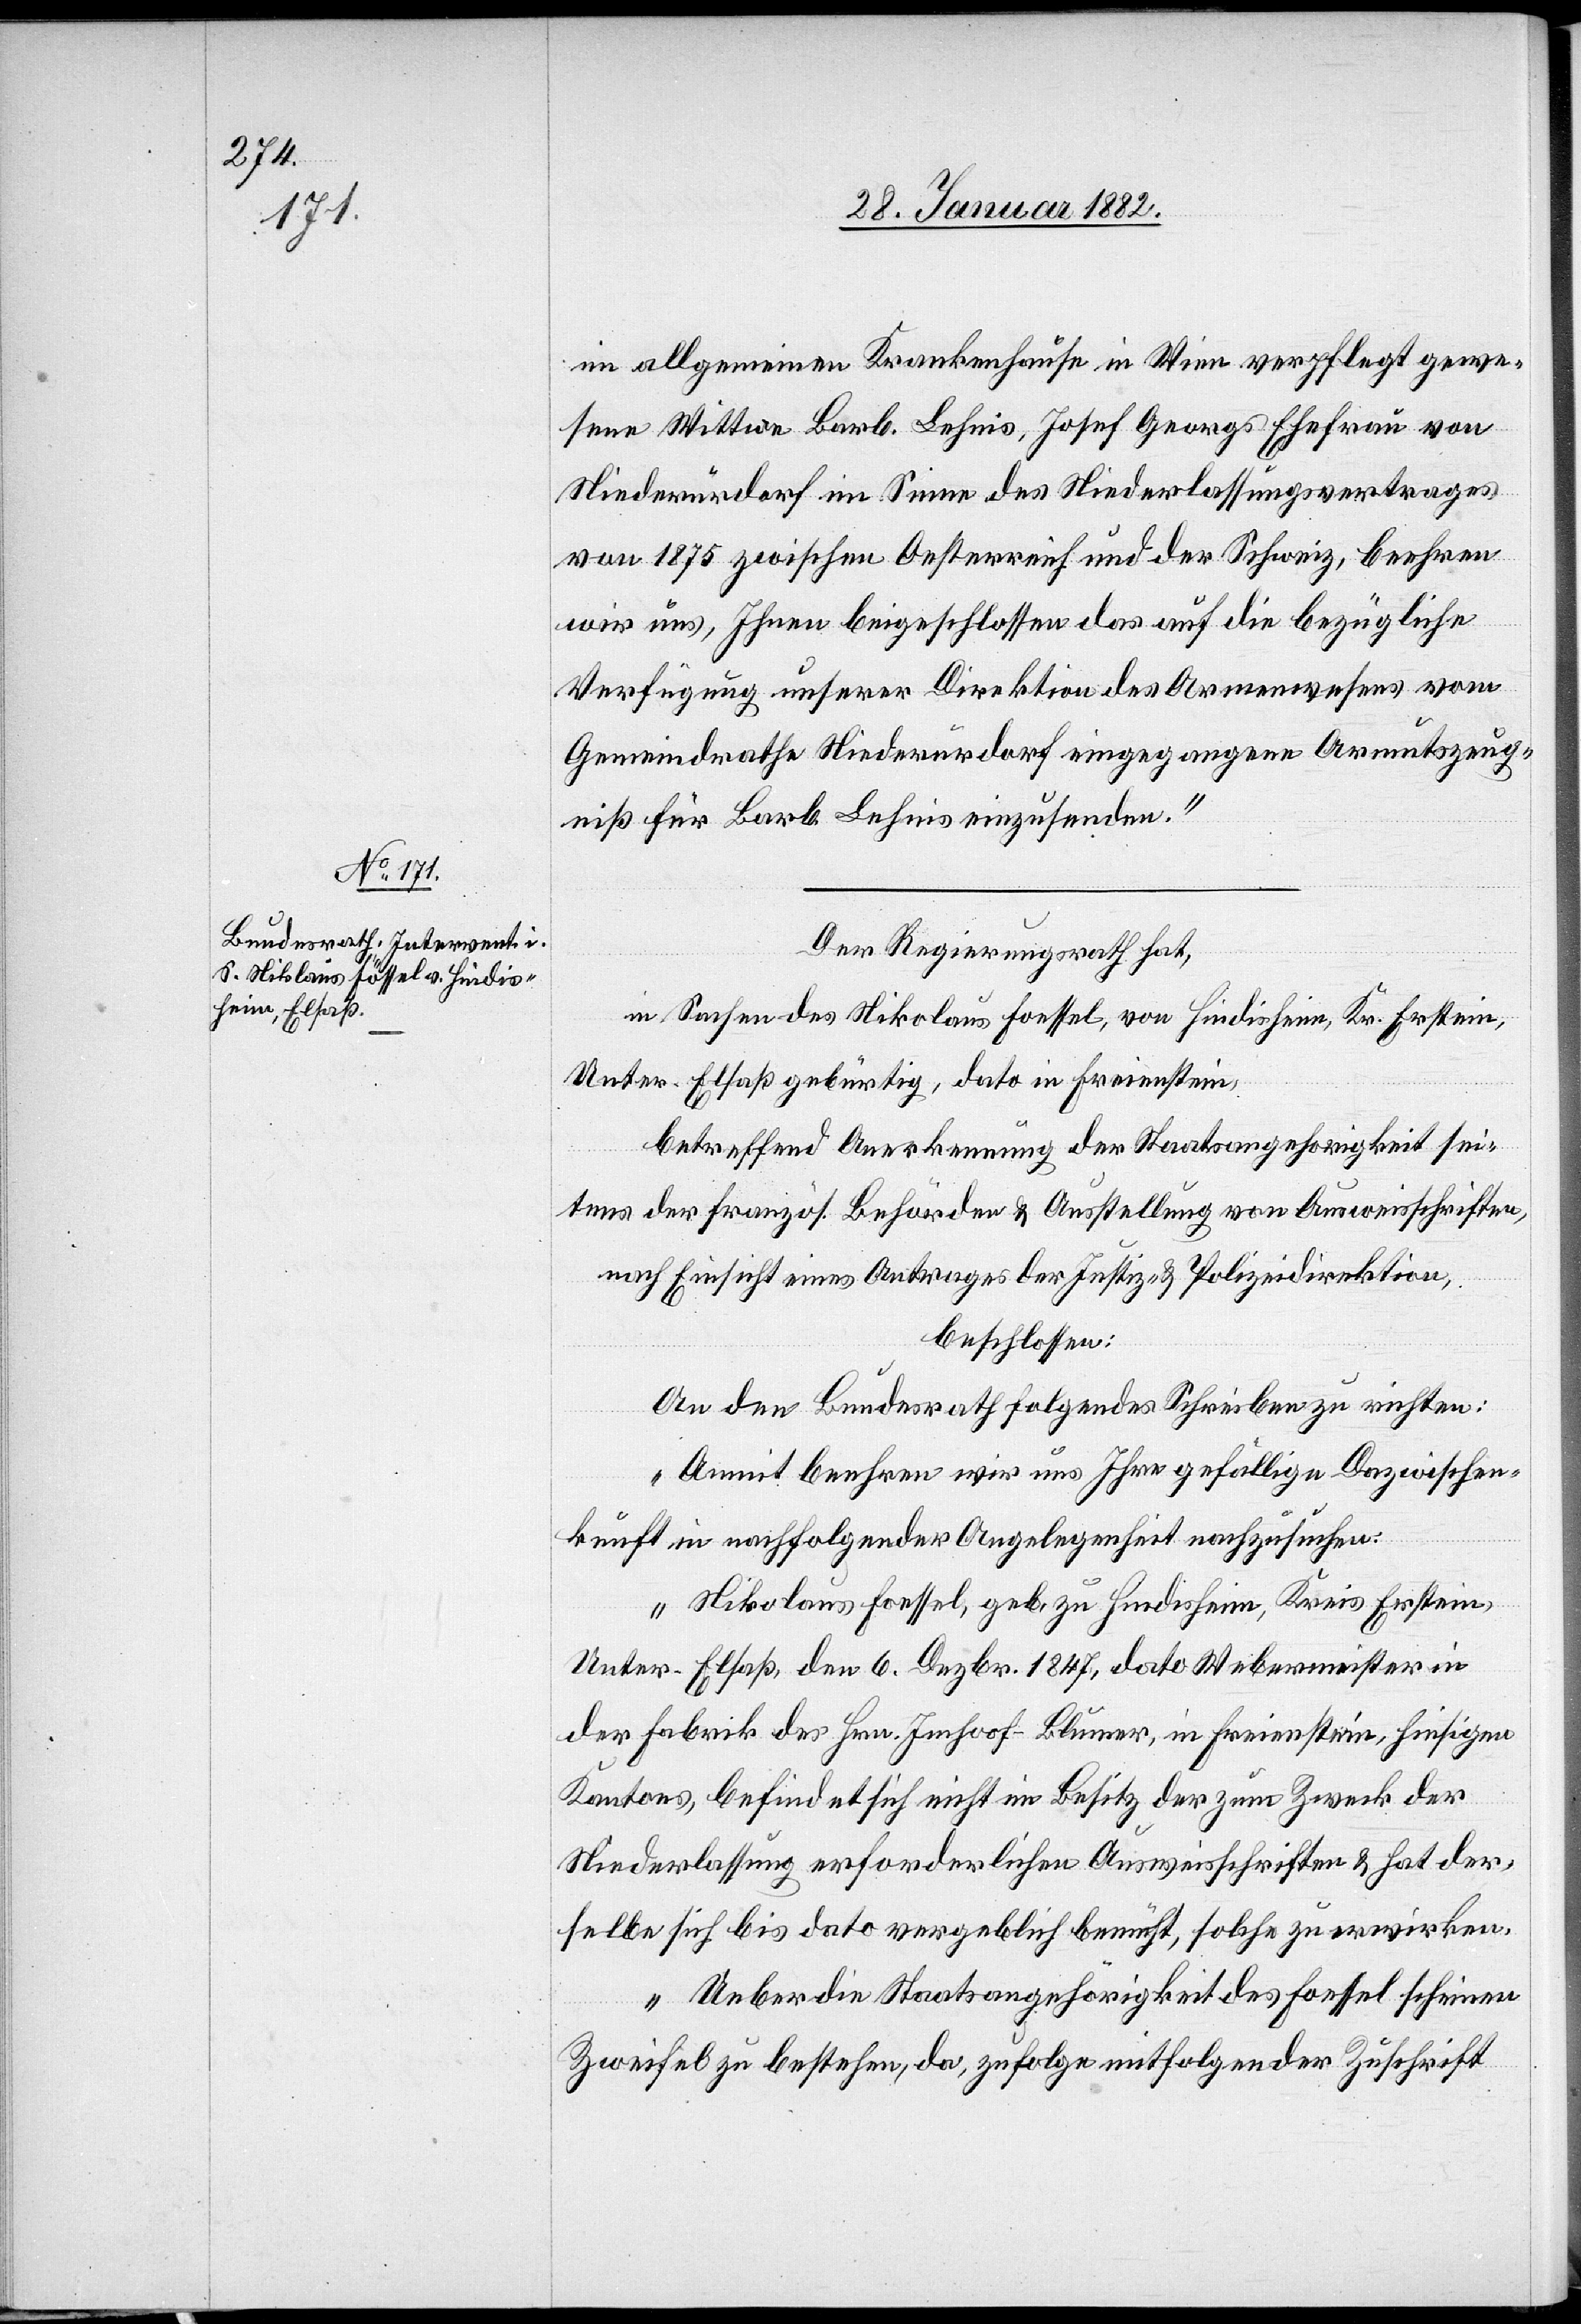
31. Januar 1882]
im allgemeinen Krankenhause in Wien verpflegt gewe¬
sene Wittwe Barb. Leheis, Josef Georgs Ehefrau von
Niederurdorf im Sinne des Niederlassungsvertrages
von 1875 zwischen Oesterreich und der Schweiz, beehren
wir uns, Ihnen beigeschlossen das auf die bezügliche
Verfügung unserer Direktion des Armenwesens vom
Gemeindrathe Niederurdorf eingegangenen Armutszeug¬
niß für Barb. Leheis einzusenden.“
Der Regierungsrath hat,
in Sachen des Nikolaus Foessel, von Hindisheim, Kr. Erstein,
Unter-Elsaß gebürtig, dato in Freienstein,
betreffend Anerkennung der Staatsangehörigkeit sei¬
tens der französ. Behörden & Ausstellung von Ausweisschriften,
nach Einsicht eines Antrages der Justiz- & Polizeidirektion,
beschlossen:
An den Bundesrath folgendes Schreiben zu richten:
„Damit beehren wir uns Ihnen gefälligen Dazwischen¬
kunft in nachfolgender Angelegenheit nachzusuchen:
Nikolaus Foessel, geb. zu Hindisheim, Kreis Erstein,
Unter-Elsaß, den 6. Dezbr. 1847, dato Webermeister in
der Fabrik des Hrn. Imhoof-Bleuer, in Freienstein, hiesigen
Kantons, befindet sich nicht in Besitz der zum Zweck der
Niederlassung erforderlichen Ausweisschriften & hat der¬
selbe sich bis dato vergeblich bemüht, solche zu erwirken.
Ueber die Staatsangehörigkeit des Foessel scheinen
Zweifel zu bestehen, da, zufolge mitfolgender Zuschrift